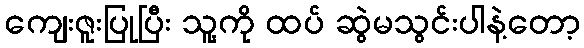
ကျေးဇူးပြုပြီး သူ့ကို ထပ် ဆွဲမသွင်းပါနဲ့တော့